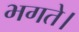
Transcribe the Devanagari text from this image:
भगते।